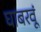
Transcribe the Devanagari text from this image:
घाबरवूं